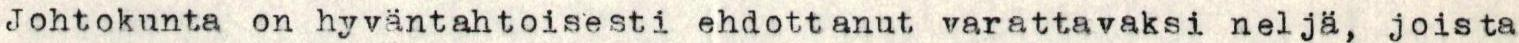
Johtokunta on hyväntahtoisesti ehdottanut varattavaksi neljä, joista